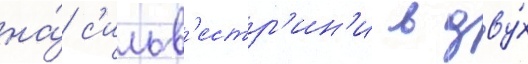
на́ с'ильв'естр'ин'и в дву́х